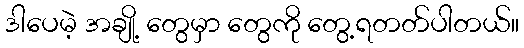
ဒါပေမဲ့ အချို့ တွေမှာ တွေကို တွေ့ရတတ်ပါတယ်။